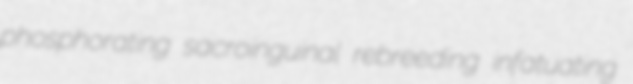
phosphorating sacroinguinal rebreeding infatuating